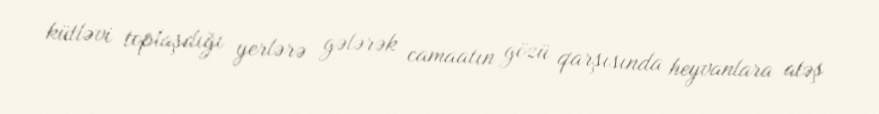
kütləvi toplaşdığı yerlərə gələrək camaatın gözü qarşısında heyvanlara atəş